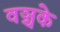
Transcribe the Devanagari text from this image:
वञ्चके